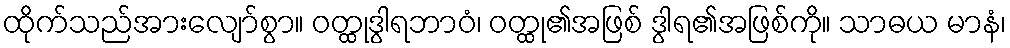
ထိုက်သည်အားလျော်စွာ။ ဝတ္ထုဒွါရဘာဝံ၊ ဝတ္ထု၏အဖြစ် ဒွါရ၏အဖြစ်ကို။ သာဓယ မာနံ၊